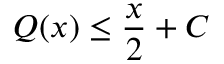
Q ( x ) \leq { \frac { x } { 2 } } + C